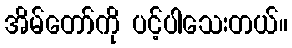
အိမ်တော်ကို ပင့်ပါသေးတယ်။